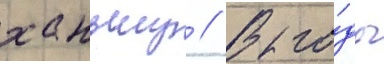
ханьшу // В го́ды